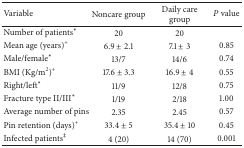
<table><thead><tr><td><b>Variable</b></td><td><b>Noncare group</b></td><td><b>Daily care group</b></td><td><b><i>P</i> value</b></td></tr></thead><tbody><tr><td>Number of patients<sup>*</sup></td><td>20</td><td>20</td><td> </td></tr><tr><td>Mean age (years)<sup>+</sup></td><td>6.9 ± 2.1</td><td>7.1 ± 3</td><td>0.85</td></tr><tr><td>Male/female<sup>*</sup></td><td>13/7</td><td>14/6</td><td>0.74</td></tr><tr><td>BMI (Kg/m<sup>2</sup>)<sup>+</sup></td><td>17.6 ± 3.3</td><td>16.9 ± 4</td><td>0.55</td></tr><tr><td>Right/left<sup>*</sup></td><td>11/9</td><td>12/8</td><td>0.75</td></tr><tr><td>Fracture type II/III<sup>*</sup></td><td>1/19</td><td>2/18</td><td>1.00</td></tr><tr><td>Average number of pins</td><td>2.35</td><td>2.45</td><td>0.57</td></tr><tr><td>Pin retention (days)<sup>+</sup></td><td>33.4 ± 5</td><td>35.4 ± 10</td><td>0.45</td></tr><tr><td>Infected patients<sup>‡</sup></td><td>4 (20)</td><td>14 (70)</td><td>0.001</td></tr></tbody></table>